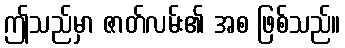
ဤသည်မှာ ဇာတ်လမ်း၏ အစ ဖြစ်သည်။